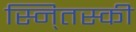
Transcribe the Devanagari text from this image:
स्नि्तस्की